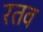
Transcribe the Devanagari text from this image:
रतव